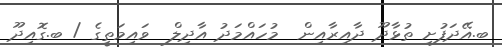
ބ.އޭދަފުށި ތުޅާދޫ ދާއިރާއިން  މުހައްމަދު އާދިލް  ވައިމަތީގެ / ބ.ގޮއިދޫ